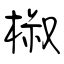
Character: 椒